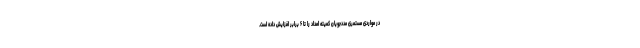
در مواردی مستمری مددجویان کمیته امداد را تا ۶ برابر افزایش داده است.